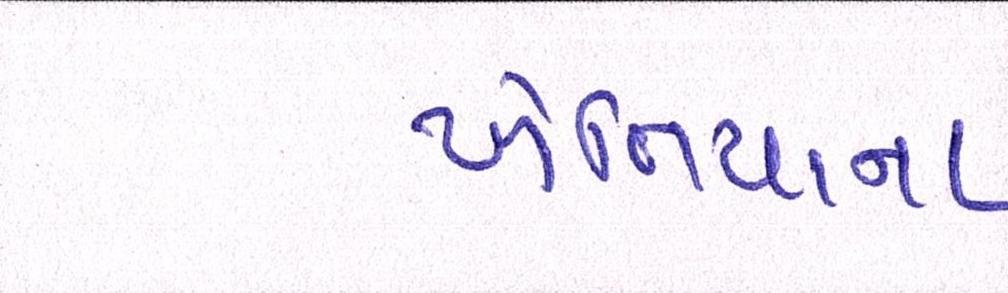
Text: ખેતિયાના